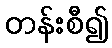
တန်းစီ၍